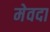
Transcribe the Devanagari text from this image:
मेवदा